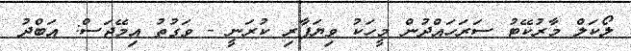
ލޯކަލް މާރުކޭޓު ސަރަހައްދުން މީހަކު ވިޔަފާރި ކުރަނީ - ވަގުތު އިމޭޖަސް: އަބްދު